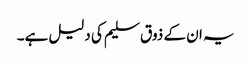
یہ ان کے ذوق سلیم کی دلیل ہے۔